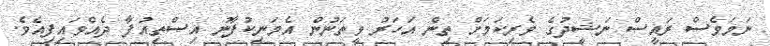
ނަމަވެސް ރައީސް ނަޝީދުގެ ވެރިކަމަށް ތިން އަހަރު ވީތަނުން އެމަނިކުފާނު އިސްތިއުފާ ދެއްވައިފިއެވެ.